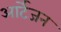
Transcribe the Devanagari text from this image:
आर्टेजन